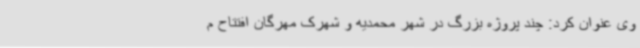
وی عنوان کرد: چند پروژه بزرگ در شهر محمدیه و شهرک مهرگان افتتاح م